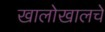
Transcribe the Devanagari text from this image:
खालोखालचे